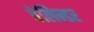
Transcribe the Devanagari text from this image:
वेलिन्डर